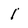
Character: 1